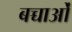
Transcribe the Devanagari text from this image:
बच्चाओं